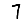
Digit: 7